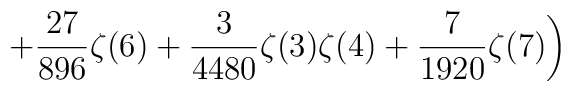
\displaystyle\left.\quad\quad\quad+\frac{27}{896}\zeta(6)+\frac{3}{4480}\zeta(3)\zeta(4)+\frac{7}{1920}\zeta(7)\right)